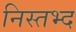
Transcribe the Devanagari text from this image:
निस्तभ्द